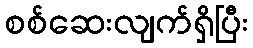
စစ်ဆေးလျက်ရှိပြီး